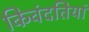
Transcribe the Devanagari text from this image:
किवंदतियां